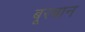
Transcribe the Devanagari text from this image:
बूरबान